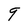
Character: 9